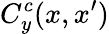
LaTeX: C_{y}^{c}(x,x^{\prime})